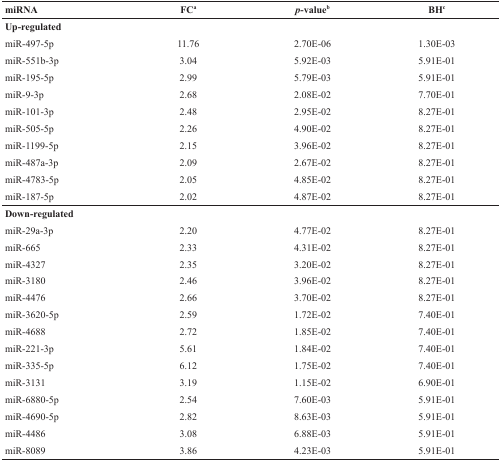
<table><thead><tr><td><b>miRNA</b></td><td><b>FC<sup>a</sup></b></td><td><b><i>p</i>-value<sup>b</sup></b></td><td><b>BH<sup>c</sup></b></td></tr></thead><tbody><tr><td><b>Up-regulated</b></td><td></td><td></td><td></td></tr><tr><td>miR-497-5p</td><td>11.76</td><td>2.70E-06</td><td>1.30E-03</td></tr><tr><td>miR-551b-3p</td><td>3.04</td><td>5.92E-03</td><td>5.91E-01</td></tr><tr><td>miR-195-5p</td><td>2.99</td><td>5.79E-03</td><td>5.91E-01</td></tr><tr><td>miR-9-3p</td><td>2.68</td><td>2.08E-02</td><td>7.70E-01</td></tr><tr><td>miR-101-3p</td><td>2.48</td><td>2.95E-02</td><td>8.27E-01</td></tr><tr><td>miR-505-5p</td><td>2.26</td><td>4.90E-02</td><td>8.27E-01</td></tr><tr><td>miR-1199-5p</td><td>2.15</td><td>3.96E-02</td><td>8.27E-01</td></tr><tr><td>miR-487a-3p</td><td>2.09</td><td>2.67E-02</td><td>8.27E-01</td></tr><tr><td>miR-4783-5p</td><td>2.05</td><td>4.85E-02</td><td>8.27E-01</td></tr><tr><td>miR-187-5p</td><td>2.02</td><td>4.87E-02</td><td>8.27E-01</td></tr><tr><td><b>Down-regulated</b></td><td></td><td></td><td></td></tr><tr><td>miR-29a-3p</td><td>2.20</td><td>4.77E-02</td><td>8.27E-01</td></tr><tr><td>miR-665</td><td>2.33</td><td>4.31E-02</td><td>8.27E-01</td></tr><tr><td>miR-4327</td><td>2.35</td><td>3.20E-02</td><td>8.27E-01</td></tr><tr><td>miR-3180</td><td>2.46</td><td>3.96E-02</td><td>8.27E-01</td></tr><tr><td>miR-4476</td><td>2.66</td><td>3.70E-02</td><td>8.27E-01</td></tr><tr><td>miR-3620-5p</td><td>2.59</td><td>1.72E-02</td><td>7.40E-01</td></tr><tr><td>miR-4688</td><td>2.72</td><td>1.85E-02</td><td>7.40E-01</td></tr><tr><td>miR-221-3p</td><td>5.61</td><td>1.84E-02</td><td>7.40E-01</td></tr><tr><td>miR-335-5p</td><td>6.12</td><td>1.75E-02</td><td>7.40E-01</td></tr><tr><td>miR-3131</td><td>3.19</td><td>1.15E-02</td><td>6.90E-01</td></tr><tr><td>miR-6880-5p</td><td>2.54</td><td>7.60E-03</td><td>5.91E-01</td></tr><tr><td>miR-4690-5p</td><td>2.82</td><td>8.63E-03</td><td>5.91E-01</td></tr><tr><td>miR-4486</td><td>3.08</td><td>6.88E-03</td><td>5.91E-01</td></tr><tr><td>miR-8089</td><td>3.86</td><td>4.23E-03</td><td>5.91E-01</td></tr></tbody></table>